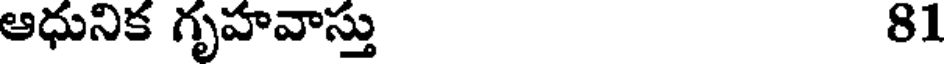
ఆధునిక గృహవాస్తు 81